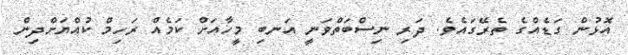
އޮޅުން ގަޑެއްގެ ތެރޭގައެވެ. ދަރި ނިސްބަތްވަނީ އަނބި މީހާއަށް ކަމެއް ރަހިމް ކުއްޔަށްދިން